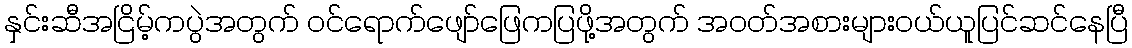
နှင်းဆီအငြိမ့်ကပွဲအတွက် ဝင်ရောက်ဖျော်ဖြေကပြဖို့အတွက် အဝတ်အစားများဝယ်ယူပြင်ဆင်နေပြီ